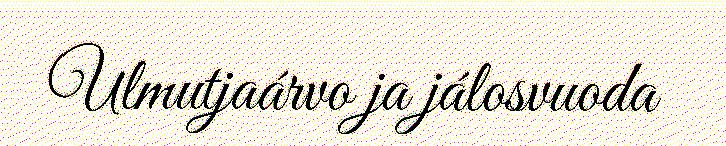
Ulmutjaárvo ja jálosvuoda